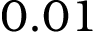
0 . 0 1